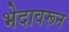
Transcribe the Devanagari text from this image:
भेदावरून